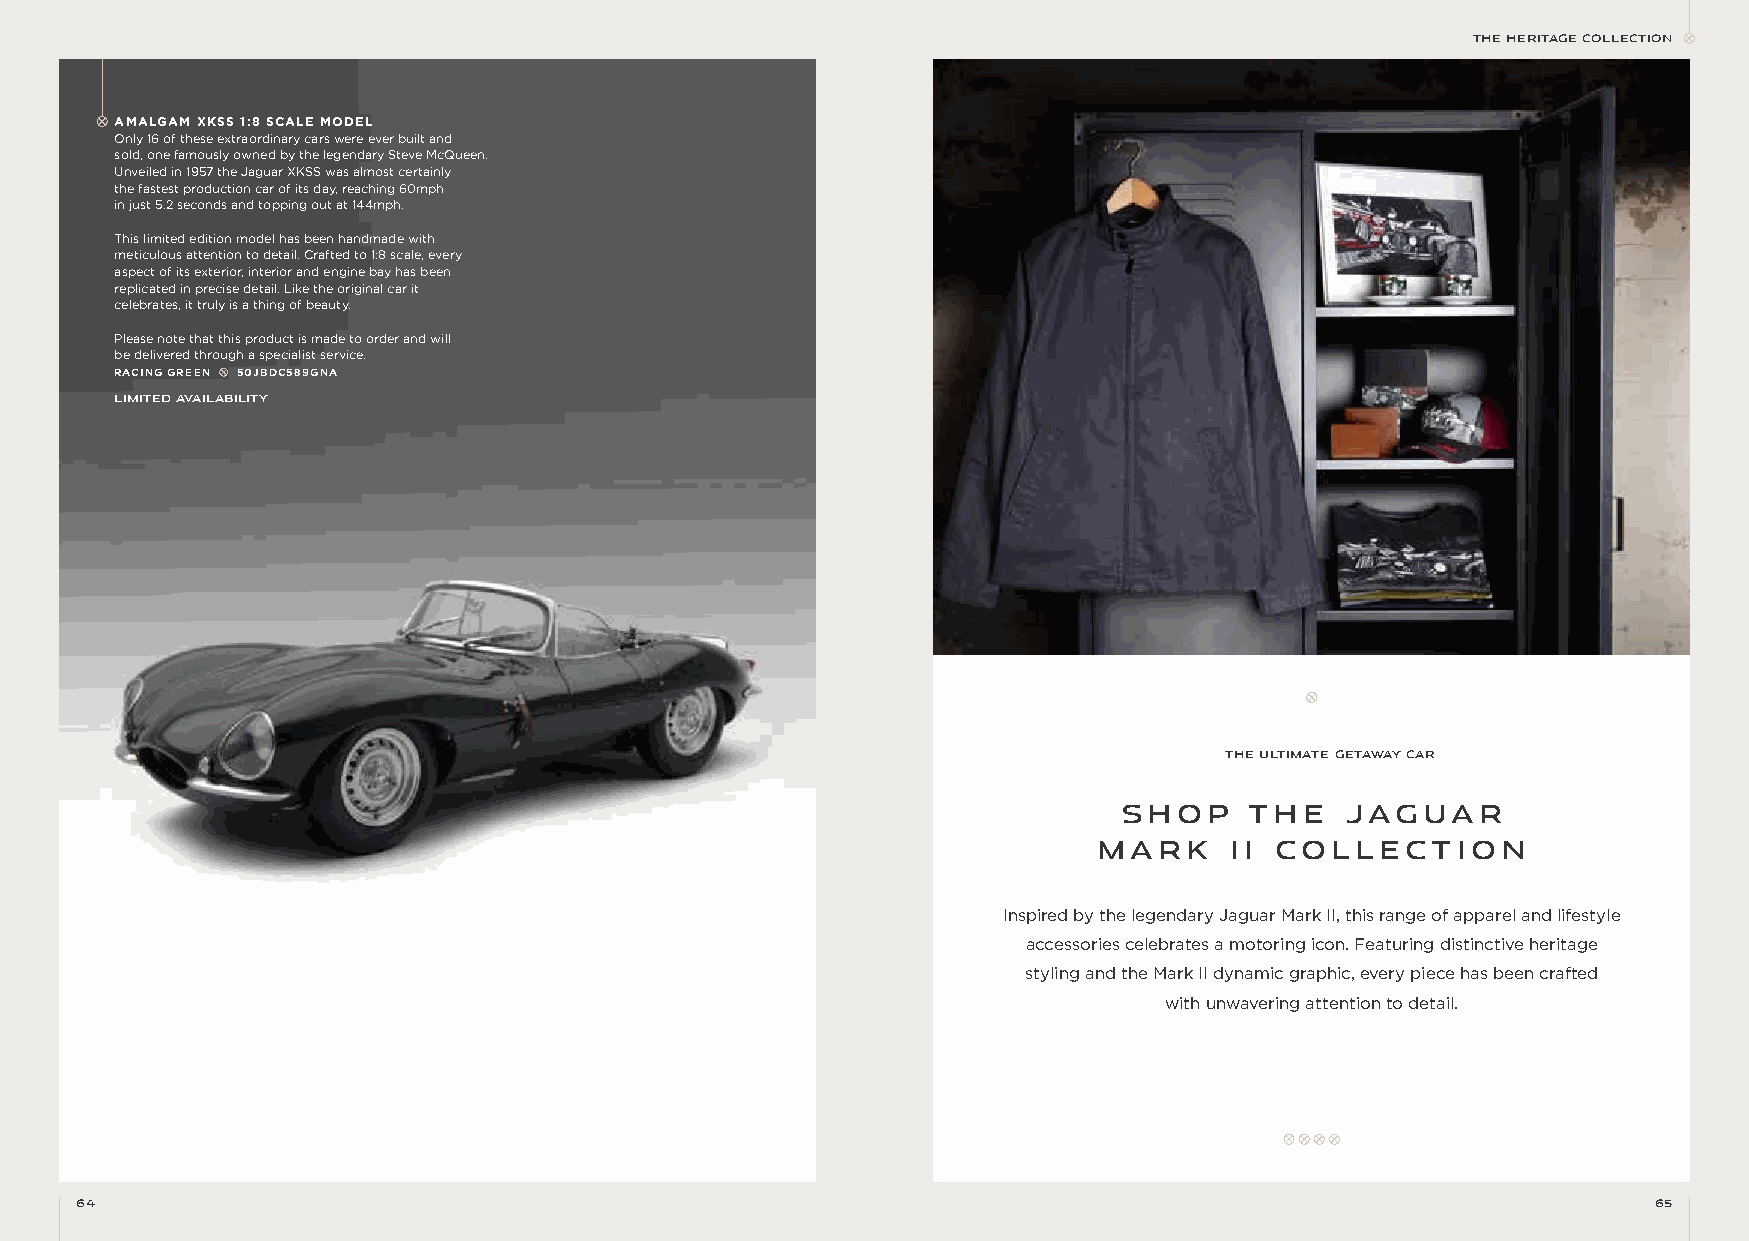
THE HERITAGE COLLECTION
 AMALGAM XKSS 1:8 SCALE MODEL
 Only 16 of these extraordinary cars were ever built and
 sold, one famously owned by the legendary Steve McQueen.
 Unveiled in 1957 the Jaguar XKSS was almost certainly
 the fastest production car of its day, reaching 60mph
 in just 5.2 seconds and topping out at 144mph.
 This limited edition model has been handmade with
 meticulous attention to detail. Crafted to 1:8 scale, every
 aspect of its exterior, interior and engine bay has been
 replicated in precise detail. Like the original car it
 celebrates, it truly is a thing of beauty.
 Please note that this product is made to order and will
 be delivered through a specialist service.
 RACING GREEN 50JBDC589GNA
 LIMITED AVAILAbILITY
 THE ULTIMATE GETAWAY CAR
 SHOP     THE   JAGUAR
 MARK    II COLLECTION
 Inspired by the legendary Jaguar Mark II, this range of apparel and lifestyle
 accessories celebrates a motoring icon. Featuring distinctive heritage
 styling and the Mark II dynamic graphic, every piece has been crafted
 with unwavering attention to detail.
 64                                                                                                      65